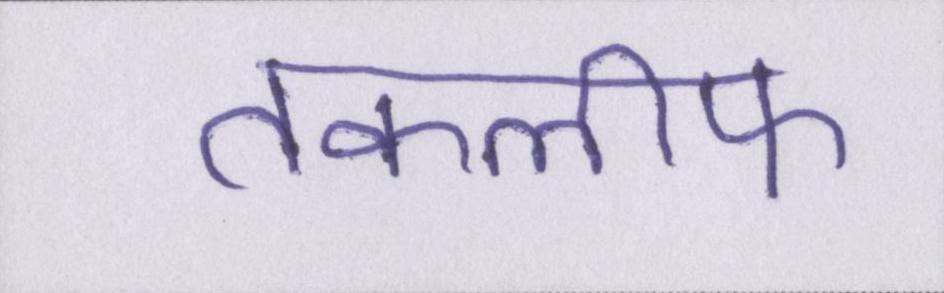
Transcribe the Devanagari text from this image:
तकलीफ